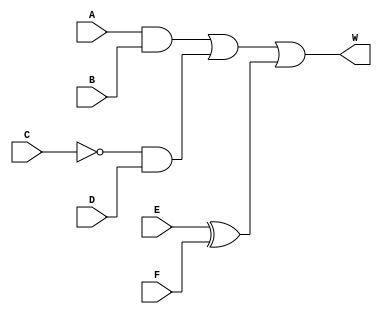
module newaddar(input A,B,C,D,E,F, output W);
    assign W = (A & B) | (~C & D) | (E ^ F);
endmodule


module testbench;

reg A,B,C,D,E,F;

wire W;

newaddar inst_newaddar(.A(A), .B(B), .C(C), .D(D), .E(E), .F(F), .W(W));

initial 
begin
  
  $monitor("Time = %t   A = %b   B = %b   C = %b   D = %d   E = %b   F = %b   W = %b" , $time, A,B,C,D,E,F,W);

  #5 A = 0; B = 0; C = 0; D = 0; E = 0; F = 0;
  #5 A = 0; B = 0; C = 0; D = 0; E = 0; F = 1;
  #5 A = 0; B = 0; C = 0; D = 0; E = 1; F = 0;
  #5 A = 0; B = 0; C = 0; D = 0; E = 1; F = 1;
  #5 A = 0; B = 0; C = 0; D = 1; E = 0; F = 0;
  #5 A = 0; B = 0; C = 0; D = 1; E = 0; F = 1;
  #5 A = 0; B = 0; C = 0; D = 1; E = 1; F = 0;
  #5 A = 0; B = 0; C = 0; D = 1; E = 1; F = 1;
  #5 A = 0; B = 0; C = 1; D = 0; E = 0; F = 0;
  #5 A = 0; B = 0; C = 1; D = 0; E = 0; F = 1;
  #5 A = 0; B = 0; C = 1; D = 0; E = 1; F = 0;
  #5 A = 0; B = 0; C = 1; D = 0; E = 1; F = 1;
  #5 A = 0; B = 0; C = 1; D = 1; E = 0; F = 0;
  #5 A = 0; B = 0; C = 1; D = 1; E = 0; F = 1;
  #5 A = 0; B = 0; C = 1; D = 1; E = 1; F = 0;
  #5 A = 0; B = 0; C = 1; D = 1; E = 1; F = 1;
  #5 A = 0; B = 1; C = 0; D = 0; E = 0; F = 0;
  #5 A = 0; B = 1; C = 0; D = 0; E = 0; F = 1;
  #5 A = 0; B = 1; C = 0; D = 0; E = 1; F = 0;
  #5 A = 0; B = 1; C = 0; D = 0; E = 1; F = 1;
  #5 A = 0; B = 1; C = 0; D = 1; E = 0; F = 0;
  #5 A = 0; B = 1; C = 0; D = 1; E = 0; F = 1;
  #5 A = 0; B = 1; C = 0; D = 1; E = 1; F = 0;
  #5 A = 0; B = 1; C = 0; D = 1; E = 1; F = 1;
  #5 A = 0; B = 1; C = 1; D = 0; E = 0; F = 0;
  #5 A = 0; B = 1; C = 1; D = 0; E = 0; F = 1;
  #5 A = 0; B = 1; C = 1; D = 0; E = 1; F = 0;
  #5 A = 0; B = 1; C = 1; D = 0; E = 1; F = 1;
  #5 A = 0; B = 1; C = 1; D = 1; E = 0; F = 0;
  #5 A = 0; B = 1; C = 1; D = 1; E = 0; F = 1;
  #5 A = 0; B = 1; C = 1; D = 1; E = 1; F = 0;
  #5 A = 0; B = 1; C = 1; D = 1; E = 1; F = 1;
  #5 A = 1; B = 0; C = 0; D = 0; E = 0; F = 0;
  #5 A = 1; B = 0; C = 0; D = 0; E = 0; F = 1;
  #5 A = 1; B = 0; C = 0; D = 0; E = 1; F = 0;
  #5 A = 1; B = 0; C = 0; D = 0; E = 1; F = 1;
  #5 A = 1; B = 0; C = 0; D = 1; E = 0; F = 0;
  #5 A = 1; B = 0; C = 0; D = 1; E = 0; F = 1;
  #5 A = 1; B = 0; C = 0; D = 1; E = 1; F = 0;
  #5 A = 1; B = 0; C = 0; D = 1; E = 1; F = 1;
  #5 A = 1; B = 0; C = 1; D = 0; E = 0; F = 0;
  #5 A = 1; B = 0; C = 1; D = 0; E = 0; F = 1;
  #5 A = 1; B = 0; C = 1; D = 0; E = 1; F = 0;
  #5 A = 1; B = 0; C = 1; D = 0; E = 1; F = 1;
  #5 A = 1; B = 0; C = 1; D = 1; E = 0; F = 0;
  #5 A = 1; B = 0; C = 1; D = 1; E = 0; F = 1;
  #5 A = 1; B = 0; C = 1; D = 1; E = 1; F = 0;
  #5 A = 1; B = 0; C = 1; D = 1; E = 1; F = 1;
  #5 A = 1; B = 1; C = 0; D = 0; E = 0; F = 0;
  #5 A = 1; B = 1; C = 0; D = 0; E = 0; F = 1;
  #5 A = 1; B = 1; C = 0; D = 0; E = 1; F = 0;
  #5 A = 1; B = 1; C = 0; D = 0; E = 1; F = 1;
  #5 A = 1; B = 1; C = 0; D = 1; E = 0; F = 0;
  #5 A = 1; B = 1; C = 0; D = 1; E = 0; F = 1;
  #5 A = 1; B = 1; C = 0; D = 1; E = 1; F = 0;
  #5 A = 1; B = 1; C = 0; D = 1; E = 1; F = 1;
  #5 A = 1; B = 1; C = 1; D = 0; E = 0; F = 0;
  #5 A = 1; B = 1; C = 1; D = 0; E = 0; F = 1;
  #5 A = 1; B = 1; C = 1; D = 0; E = 1; F = 0;
  #5 A = 1; B = 1; C = 1; D = 0; E = 1; F = 1;
  #5 A = 1; B = 1; C = 1; D = 1; E = 0; F = 0;
  #5 A = 1; B = 1; C = 1; D = 1; E = 0; F = 1;
  #5 A = 1; B = 1; C = 1; D = 1; E = 1; F = 0;
  #5 A = 1; B = 1; C = 1; D = 1; E = 1; F = 1;

$finish;

end
endmodule